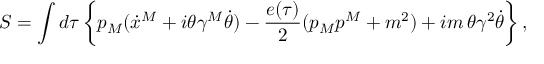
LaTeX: S = \int d \tau \left\{ p _ { M } ( \dot { x } ^ { M } + i \theta \gamma ^ { M } \dot { \theta } ) - { \frac { e ( \tau ) } { 2 } } ( p _ { M } p ^ { M } + m ^ { 2 } ) + i m \, \theta \gamma ^ { 2 } \dot { \theta } \right\} ,